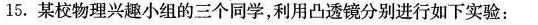
15.某校物理兴趣小组的三个同学，利用凸透镜分别进行如下实验：